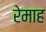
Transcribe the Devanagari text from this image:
रेमाह